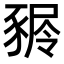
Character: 𧱢